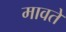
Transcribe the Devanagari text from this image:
मावते